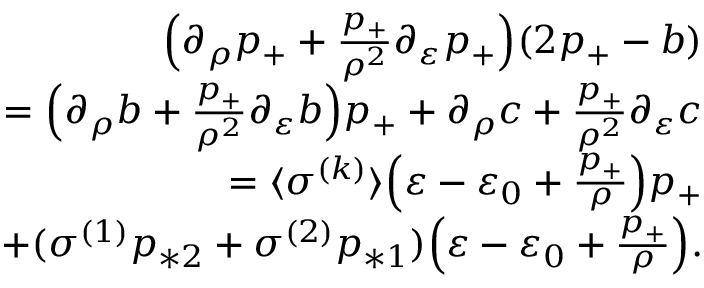
\begin{array} { r } { \Big ( \partial _ { \rho } p _ { + } + \frac { p _ { + } } { \rho ^ { 2 } } \partial _ { \varepsilon } p _ { + } \Big ) ( 2 p _ { + } - b ) } \\ { = \Big ( \partial _ { \rho } b + \frac { p _ { + } } { \rho ^ { 2 } } \partial _ { \varepsilon } b \Big ) p _ { + } + \partial _ { \rho } c + \frac { p _ { + } } { \rho ^ { 2 } } \partial _ { \varepsilon } c } \\ { = \langle \sigma ^ { ( k ) } \rangle \Big ( \varepsilon - \varepsilon _ { 0 } + \frac { p _ { + } } { \rho } \Big ) p _ { + } } \\ { + ( \sigma ^ { ( 1 ) } p _ { * 2 } + \sigma ^ { ( 2 ) } p _ { * 1 } ) \Big ( \varepsilon - \varepsilon _ { 0 } + \frac { p _ { + } } { \rho } \Big ) . } \end{array}